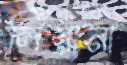
লিরানা